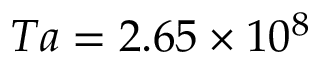
T a = 2 . 6 5 \times 1 0 ^ { 8 }